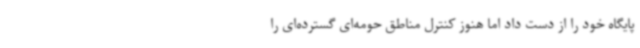
پایگاه خود را از دست داد اما هنوز کنترل مناطق حومه‌ای گسترده‌ای را